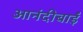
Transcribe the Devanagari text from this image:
आनंदीबाईं